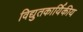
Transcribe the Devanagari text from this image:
विद्युतकार्यिकीय